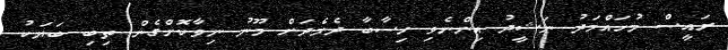
ރައީސް މުހައްމަދު ނަޝީދު އިންނެވި ހިސާބާ ދެމެދަށް މޫނު ނިވާކޮށްގެން ތިބި ބަޔަކު